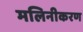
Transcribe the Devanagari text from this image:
मलिनीकरण